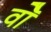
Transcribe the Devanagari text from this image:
वॉै